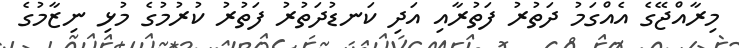
މިރާއްޖޭގެ އެއްގަމު ދަތުރު ފަތުރާއި އަދި ކަނޑުދަތުރު ފަތުރު ކުރުމުގެ މުޅި ނިޒާމުގެ